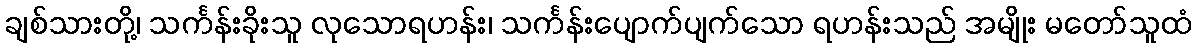
ချစ်သားတို့၊ သင်္ကန်းခိုးသူ လုသောရဟန်း၊ သင်္ကန်းပျောက်ပျက်သော ရဟန်းသည် အမျိုး မတော်သူထံ